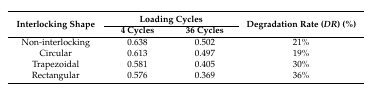
<table><thead><tr><td rowspan="2"><b>Interlocking Shape</b></td><td colspan="2"><b>Loading Cycles</b></td><td rowspan="2"><b>Degradation Rate (<i>DR</i>) (%)</b></td></tr><tr><td><b>4 Cycles</b></td><td><b>36 Cycles</b></td></tr></thead><tbody><tr><td>Non-interlocking</td><td>0.638</td><td>0.502</td><td>21%</td></tr><tr><td>Circular</td><td>0.613</td><td>0.497</td><td>19%</td></tr><tr><td>Trapezoidal</td><td>0.581</td><td>0.405</td><td>30%</td></tr><tr><td>Rectangular</td><td>0.576</td><td>0.369</td><td>36%</td></tr></tbody></table>